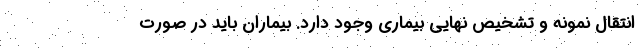
انتقال نمونه و تشخیص نهایی بیماری وجود دارد. بیماران باید در صورت